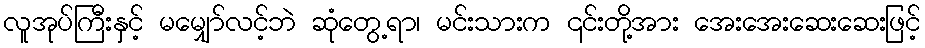
လူအုပ်ကြီးနှင့် မမျှော်လင့်ဘဲ ဆုံတွေ့ရာ၊ မင်းသားက ၎င်းတို့အား အေးအေးဆေးဆေးဖြင့်